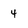
Character: 4